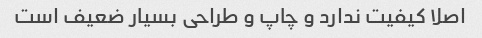
اصلا کیفیت ندارد و چاپ و طراحی بسیار ضعیف است